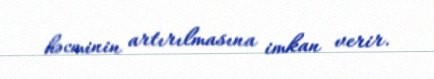
həcminin artırılmasına imkan verir.